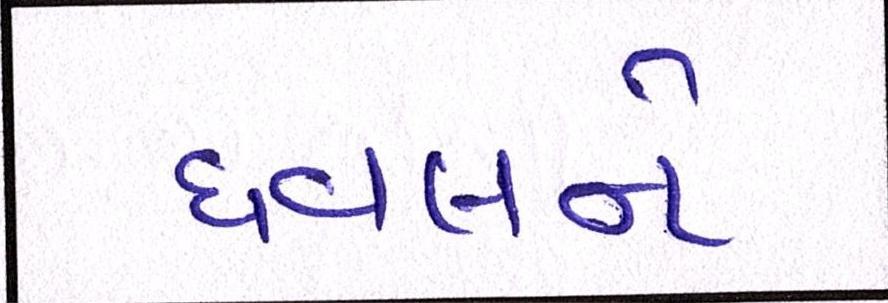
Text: ધવલને